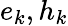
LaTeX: e_{k},h_{k}